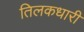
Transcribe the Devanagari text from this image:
तिलकधारी